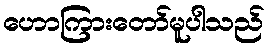
ဟောကြားတော်မူပါသည်